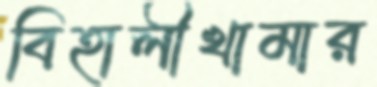
বিহালীখামার